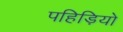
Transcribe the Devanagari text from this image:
पहिड़ियो